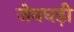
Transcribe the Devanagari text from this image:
जेबघड़ी